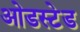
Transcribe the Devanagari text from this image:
ओडस्टेड